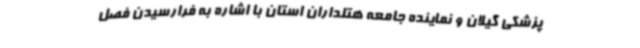
پزشکی گیلان و نماینده جامعه هتلداران استان با اشاره به فرارسیدن فصل